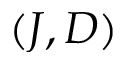
( J , D )